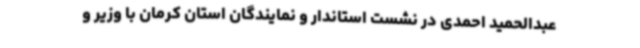
عبدالحمید احمدی در نشست استاندار و نمایندگان استان کرمان با وزیر و